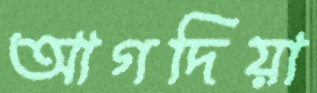
আগদিয়া